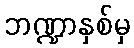
ဘဏ္ဍာနှစ်မှ